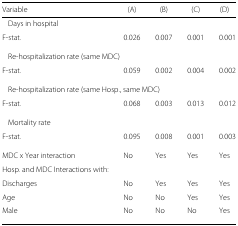
| Variable | (A) | (B) | (C) | (D) |
 | --- | --- | --- | --- | --- |
 | <COLSPAN=5> Days in hospital |
 | F-stat. | 0.026 | 0.007 | 0.001 | 0.001 |
 | <COLSPAN=5> Re-hospitalization rate (same MDC) |
 | F-stat. | 0.059 | 0.002 | 0.004 | 0.002 |
 | <COLSPAN=5> Re-hospitalization rate (same Hosp., same MDC) |
 | F-stat. | 0.068 | 0.003 | 0.013 | 0.012 |
 | <COLSPAN=5> Mortality rate |
 | F-stat. | 0.095 | 0.008 | 0.001 | 0.003 |
 | MDC x Year interaction | No | Yes | Yes | Yes |
 | <COLSPAN=5> Hosp. and MDC Interactions with: |
 | Discharges | No | Yes | Yes | Yes |
 | Age | No | No | Yes | Yes |
 | Male | No | No | No | Yes |